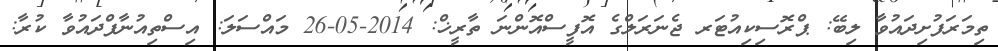
ތިމަރަފުށިދައުވާ ލިބޭ: ޕްރޮސިކިއުޓަރ ޖެނަރަލްގެ އޮފީސްއޮންނަ ތާރީޚް: 2014-05-26 މައްސަލަ: އިސްތިއުނާފްދައުވާ ކުރާ: